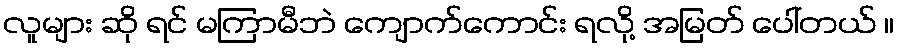
လူများ ဆို ရင် မကြာမီဘဲ ကျောက်ကောင်း ရလို့ အမြတ် ပေါ်တယ် ။